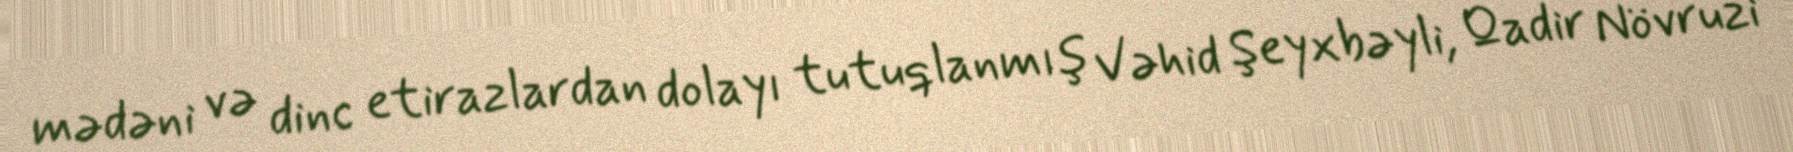
mədəni və dinc etirazlardan dolayı tutuqlanmış Vəhid Şeyxbəyli, Qadir Növruzi